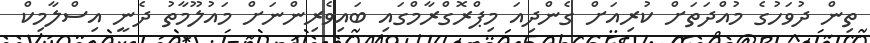
ތިން ދުވަހުގެ މުއްދަތަށް ކުރިއަށް ގެންދިއަ މިޕްރޮގްރާމްގައި ބައިވެރިންނަށް މައުލޫމާތު ދެނީ އިސްލާމިކް